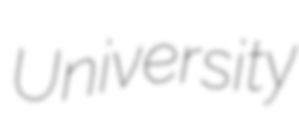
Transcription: University